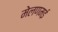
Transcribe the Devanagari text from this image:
मेलणमई